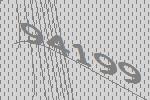
94199